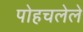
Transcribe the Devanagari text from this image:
पोहचलेले